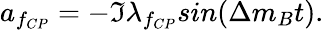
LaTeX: a_{f_{CP}}=-\Im\lambda_{f_{CP}}sin(\Delta m_{B}t).